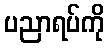
ပညာရပ်ကို